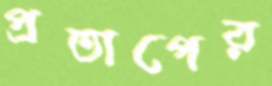
প্রতাপের